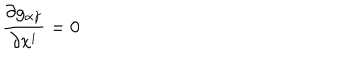
\frac { \partial g _ { \alpha \gamma } } { \partial x ^ { i } } = 0